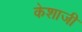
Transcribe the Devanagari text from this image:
केशाजी